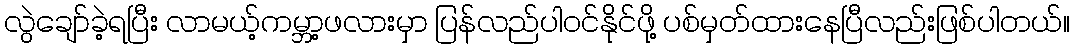
လွဲချော်ခဲ့ရပြီး လာမယ့်ကမ္ဘာ့ဖလားမှာ ပြန်လည်ပါဝင်နိုင်ဖို့ ပစ်မှတ်ထားနေပြီလည်းဖြစ်ပါတယ်။